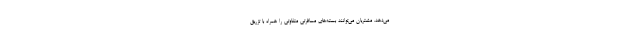
می‌دهد. مشتریان می‌توانند بسته‌های مسافرتی متفاوتی را همراه با تزریق